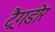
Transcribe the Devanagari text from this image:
ट्रैगडोर